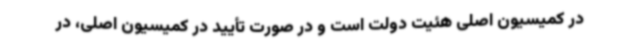
در کمیسیون اصلی هئیت دولت است و در صورت تأیید در کمیسیون اصلی، در